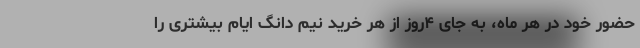
حضور خود در هر ماه، به جای ۴روز از هر خرید نیم دانگ ایام بیشتری را